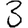
Digit: 3